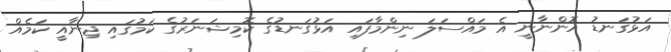
އަޅުގަނޑު އޮންނާނީ އެ މައްސަލަ ނިންމާފައި އަޅުގަނޑުގެ ކޮމިޝަނަރުގެ ކަމުގައި ޖިނާއީ ކަމެއް